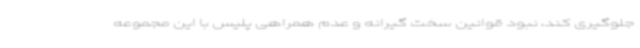
جلوگیری کند، نبود قوانین سخت گیرانه و عدم همراهی پلیس با این مجموعه